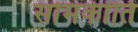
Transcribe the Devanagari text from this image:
सोमकीर्ति